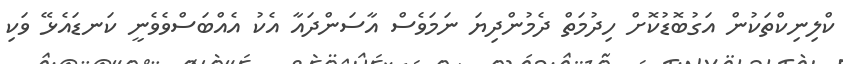
ކްލިނިކްތަކުން އަގުބޮޑުކޮށް ހިދުމަތް ދެމުންދިޔަ ނަމަވެސް އާސަންދައާ އެކު އެއްބަސްވެވެނީ ކަނޑައެޅޭ ވަކި